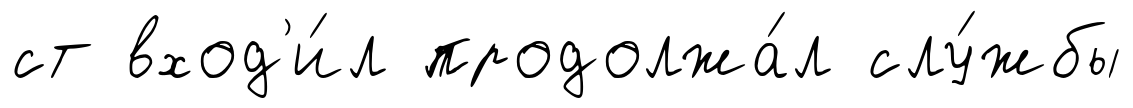
ст вход'и́л продолжа́л слу́жбы